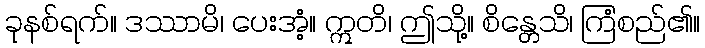
ခုနစ်ရက်။ ဒဿာမိ၊ ပေးအံ့။ ဣတိ၊ ဤသို့။ စိန္တေသိ၊ ကြံစည်၏။